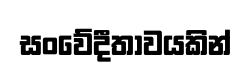
සංවේදීතාවයකින්